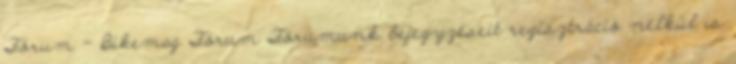
Fórum - Bikemag Fórum Fórumunk bejegyzéseit regisztráció nélkül is